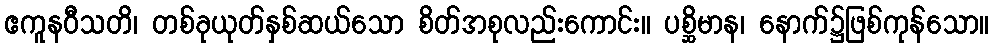
ဧကူနဝီသတိ၊ တစ်ခုယုတ်နှစ်ဆယ်သော စိတ်အစုလည်းကောင်း။ ပစ္ဆိမာန၊ နောက်၌ဖြစ်ကုန်သော။